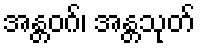
အန္တဝဂ်၊ အန္တသုတ်